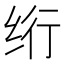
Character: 绗